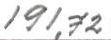
191,72